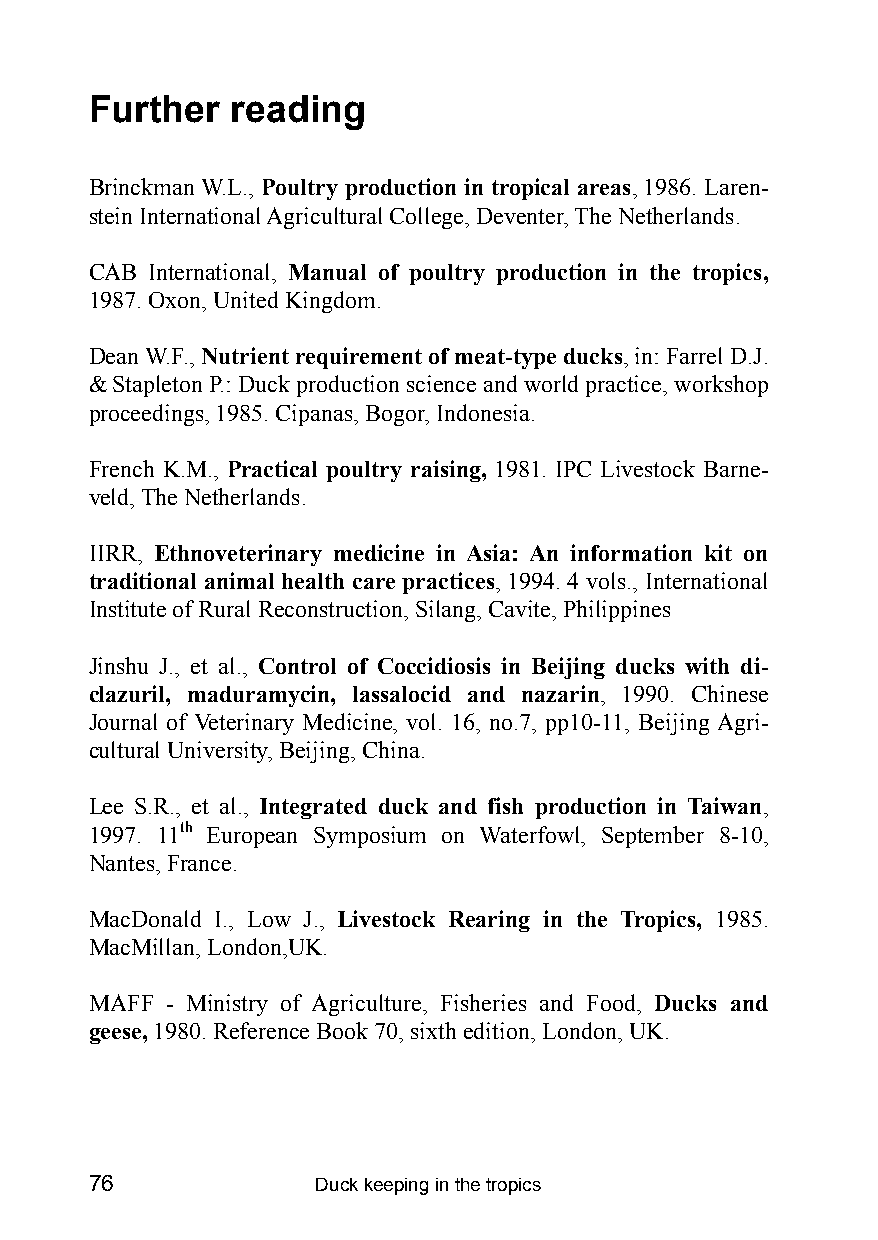
Further  reading
 Brinckman W.L., Poultry production in tropical areas, 1986. Laren-
 stein International Agricultural College, Deventer, The Netherlands.
 CAB International, Manual of poultry production in the tropics,
 1987. Oxon, United Kingdom.
 Dean W.F., Nutrient requirement of meat-type ducks, in: Farrel D.J.
 & Stapleton P.: Duck production science and world practice, workshop
 proceedings, 1985. Cipanas, Bogor, Indonesia.
 French K.M., Practical poultry raising, 1981. IPC Livestock Barne-
 veld, The Netherlands.
 IIRR, Ethnoveterinary medicine in Asia: An information kit on
 traditional animal health care practices, 1994. 4 vols., International
 Institute of Rural Reconstruction, Silang, Cavite, Philippines
 Jinshu J., et al., Control of Coccidiosis in Beijing ducks with di-
 clazuril, maduramycin, lassalocid and nazarin, 1990. Chinese
 Journal of Veterinary Medicine, vol. 16, no.7, pp10-11, Beijing Agri-
 cultural University, Beijing, China.
 Lee S.R., et al., Integrated duck and fish production in Taiwan,
 1997. 11th European Symposium on Waterfowl, September 8-10,
 Nantes, France.
 MacDonald I., Low J., Livestock Rearing in the Tropics, 1985.
 MacMillan, London,UK.
 MAFF - Ministry of Agriculture, Fisheries and Food, Ducks and
 geese, 1980. Reference Book 70, sixth edition, London, UK.
 76             Duck keeping in the tropics